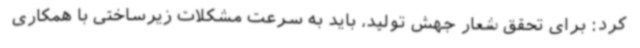
کرد: برای تحقق شعار جهش تولید، باید به سرعت مشکلات زیرساختی با همکاری